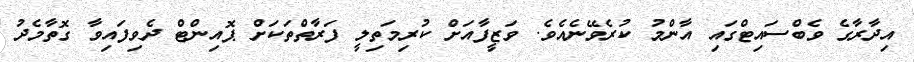
އިދާރާގެ ވެބްސައިޓްގައި އާންމު ކުރެވޭނެއެވެ. ވަޒީފާއަށް ކުރިމަތިލީ ފަރާތްތަކަށް ޕޮއިންޓް ދެވިފައިވާ ގޮތާމެދު